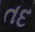
તદ